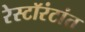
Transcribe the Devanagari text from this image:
रेस्टॉरंटांत